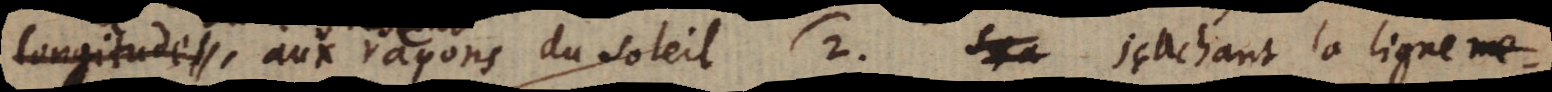
longitudes aux rayons du soleil. (2) Sça Sçachant la ligne me-